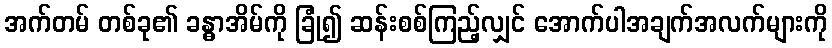
အက်တမ် တစ်ခု၏ ခန္ဓာအိမ်ကို ခြုံ၍ ဆန်းစစ်ကြည့်လျှင် အောက်ပါအချက်အလက်များကို